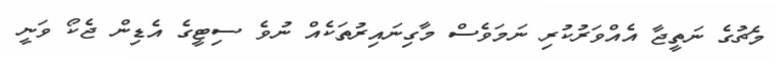
މެޗުގެ ނަތީޖާ އެއްވަރުކުރި ނަމަވެސް މާގިނައިރުތަކެއް ނުވެ ސިޓީގެ އެޑިން ޖެކޯ ވަނީ